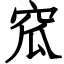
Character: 窊